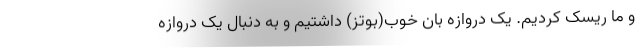
و ما ریسک کردیم. یک دروازه بان خوب(بوتز) داشتیم و به دنبال یک دروازه